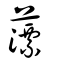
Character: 薸